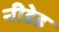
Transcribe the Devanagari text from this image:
नीडेड